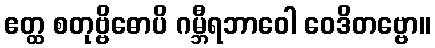
ဧတ္ထ စတုဗ္ဗိဓောပိ ဂမ္ဘီရဘာဝေါ ဝေဒိတဗ္ဗော။